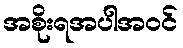
အစိုးရအပါအဝင်